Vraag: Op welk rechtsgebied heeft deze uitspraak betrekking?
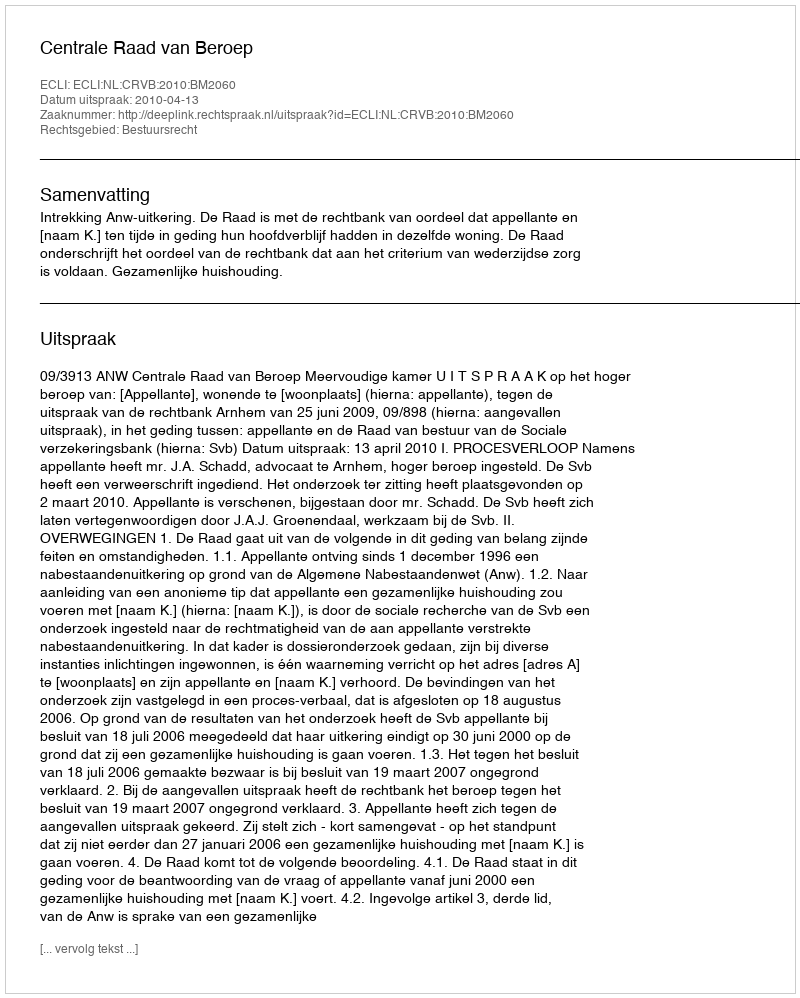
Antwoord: Bestuursrecht